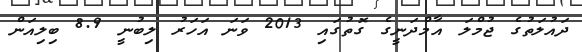
ދައުލަތުގެ ޖުމްލަ އާމްދަނީގެ ގޮތުގައި 2013 ވަނަ އަހަރު ލިބުނީ 8.9 ބިލިއަން